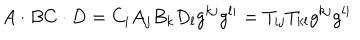
A \cdot B C \cdot D = C _ { i } A _ { j } B _ { k } D _ { l } g ^ { k j } g ^ { l i } = T _ { i j } T _ { k l } g ^ { k j } g ^ { l i }